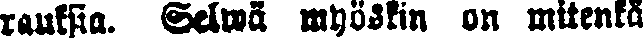
rauksia. Selwä myöskin on mitenkä